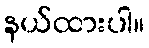
နယ်ထားပါ။